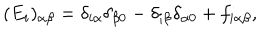
LaTeX: ( E _ { i } ) _ { \alpha \beta } = \delta _ { i \alpha } \delta _ { \beta 0 } - \delta _ { i \beta } \delta _ { \alpha 0 } + f _ { i \alpha \beta } ,